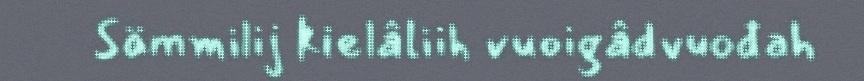
Sämmilij kielâliih vuoigâdvuođah